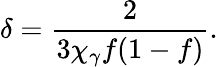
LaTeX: \delta=\frac{2}{3\chi_{\gamma}f(1-f)}.